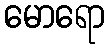
မောရော